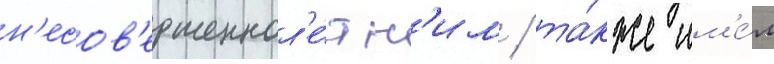
н'есов'ершеннол'е́тн'им / та́кже им'е́л